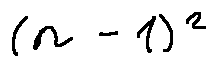
( n - 1 ) ^ { 2 }